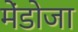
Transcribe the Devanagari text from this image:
मेंडोजा